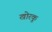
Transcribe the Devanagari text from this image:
खोरकू